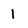
Character: 1